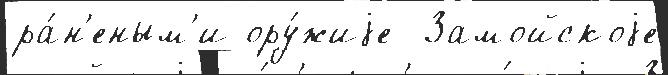
ра́н'еным'и ору́жиjе  Замойскоjе